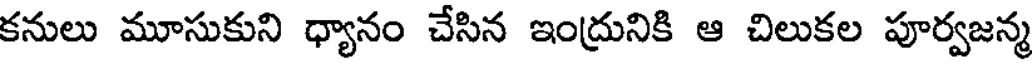
కనులు మూసుకుని ధ్యానం చేసిన ఇంద్రునికి ఆ చిలుకల పూర్వజన్మ